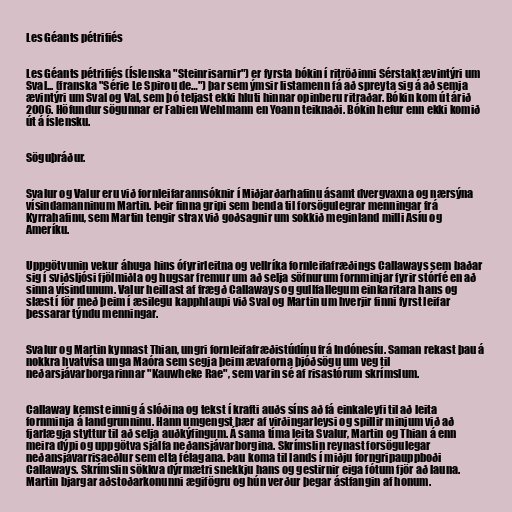
Les Géants pétrifiés

Les Géants pétrifiés (Íslenska "Steinrisarnir") er fyrsta bókin í ritröðinni Sérstakt ævintýri um
Sval... (franska "Série Le Spirou de…") þar sem ýmsir listamenn fá að spreyta sig á að semja
ævintýri um Sval og Val, sem þó teljast ekki hluti hinnar opinberu ritraðar. Bókin kom út árið
2006. Höfundur sögunnar er Fabien Wehlmann en Yoann teiknaði. Bókin hefur enn ekki komið
út á íslensku.

Söguþráður.

Svalur og Valur eru við fornleifarannsóknir í Miðjarðarhafinu ásamt dvergvaxna og nærsýna
vísindamanninum Martin. Þeir finna gripi sem benda til forsögulegrar menningar frá
Kyrrahafinu, sem Martin tengir strax við goðsagnir um sokkið meginland milli Asíu og
Ameríku.

Uppgötvunin vekur áhuga hins ófyrirleitna og vellríka fornleifafræðings Callaways sem baðar
sig í sviðsljósi fjölmiðla og hugsar fremur um að selja söfnurum fornminjar fyrir stórfé en að
sinna vísindunum. Valur heillast af frægð Callaways og gullfallegum einkaritara hans og
slæst í för með þeim í æsilegu kapphlaupi við Sval og Martin um hverjir finni fyrst leifar
þessarar týndu menningar.

Svalur og Martin kynnast Thian, ungri fornleifafræðistúdínu frá Indónesíu. Saman rekast þau á
nokkra hvatvísa unga Maóra sem segja þeim ævaforna þjóðsögu um veg til
neðarsjávarborgarinnar "Kauwheke Rae", sem varin sé af risastórum skrímslum.

Callaway kemst einnig á slóðina og tekst í krafti auðs síns að fá einkaleyfi til að leita
fornminja á landgrunninu. Hann umgengst þær af virðingarleysi og spillir minjum við að
fjarlægja styttur til að selja auðkýfingum. Á sama tíma leita Svalur, Martin og Thian á enn
meira dýpi og uppgötva sjálfa neðansjávarborgina. Skrímslin reynast forsögulegar
neðansjávarrisaeðlur sem elta félagana. Þau koma til lands í miðju forngripauppboði
Callaways. Skrímslin sökkva dýrmætri snekkju hans og gestirnir eiga fótum fjör að launa.
Martin bjargar aðstoðarkonunni ægifögru og hún verður þegar ástfangin af honum.